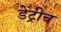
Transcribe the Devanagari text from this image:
डेट्रीच